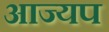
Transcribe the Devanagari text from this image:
आज्यप